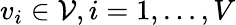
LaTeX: v_{i}\in\mathcal{V},i=1,\dots,V